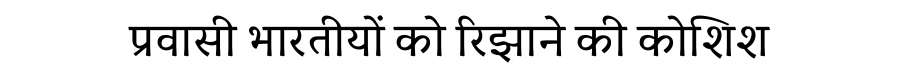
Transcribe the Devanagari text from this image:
प्रवासी भारतीयों को रिझाने की कोशिश